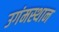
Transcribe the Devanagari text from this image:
उगंमस्थान